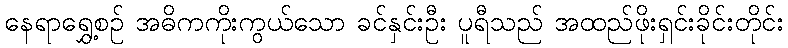
နေရာရွှေ့စဉ် အဓိကကိုးကွယ်သော ခင်နှင်းဦး ပူရီသည် အထည်ဖိုးရှင်းခိုင်းတိုင်း